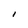
Character: I